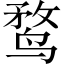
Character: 鹜